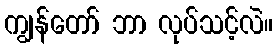
ကျွန်တော် ဘာ လုပ်သင့်လဲ။